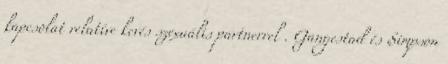
kapcsolat relatíve kevés szexuális partnerrel . Gangestad és Simpson